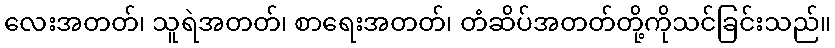
လေးအတတ်၊ သူရဲအတတ်၊ စာရေးအတတ်၊ တံဆိပ်အတတ်တို့ကိုသင်ခြင်းသည်။